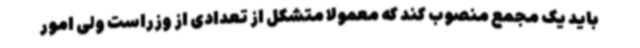
باید یک مجمع منصوب کند که معمولا متشکل از تعدادی از وزراست ولی امور